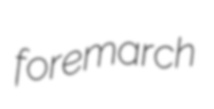
foremarch